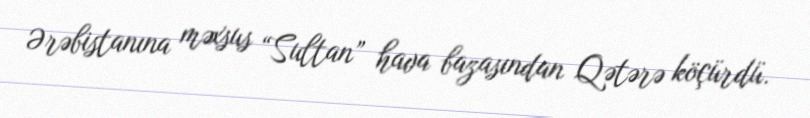
Ərəbistanına məxsus “Sultan” hava bazasından Qətərə köçürdü.